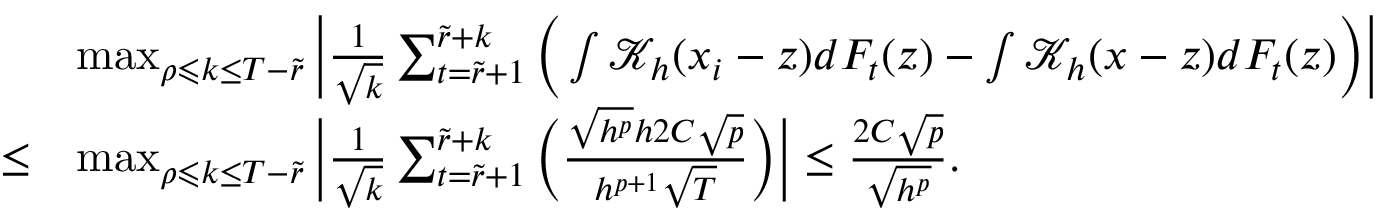
\begin{array} { r l } & { \operatorname* { m a x } _ { \rho \leqslant k \leq T - \widetilde { r } } \Big | \frac { 1 } { \sqrt { k } } \sum _ { t = \widetilde { r } + 1 } ^ { \widetilde { r } + k } \Big ( \int \mathcal { K } _ { h } ( x _ { i } - z ) d F _ { t } ( z ) - \int \mathcal { K } _ { h } ( x - z ) d F _ { t } ( z ) \Big ) \Big | } \\ { \le } & { \operatorname* { m a x } _ { \rho \leqslant k \leq T - \widetilde { r } } \Big | \frac { 1 } { \sqrt { k } } \sum _ { t = \widetilde { r } + 1 } ^ { \widetilde { r } + k } \Big ( \frac { \sqrt { h ^ { p } } h 2 C \sqrt { p } } { h ^ { p + 1 } \sqrt { T } } \Big ) \Big | \le \frac { 2 C \sqrt { p } } { \sqrt { h ^ { p } } } . } \end{array}